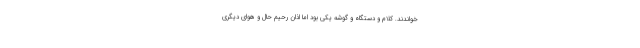
خواندند. کلام و دستگاه و گوشه یکی بود اما اذان رحیم حال و هوای دیگری